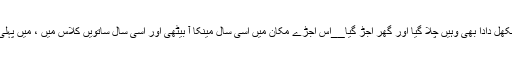
مہینے بھر بعد نکھل دادا بھی وہیں چلا گیا اور گھر اجڑ گیا__اس اجڑے مکان میں اُسی سال مینکا آ بیٹھی اور اُسی سال ساتویں کلاس میں ، میں پہلی بار فیل ہو گیا ۔